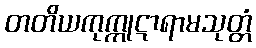
တတိယကုက္ကုဋာရာမသုတ္တံ